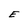
Character: E